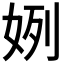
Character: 𫰞